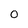
Character: 0